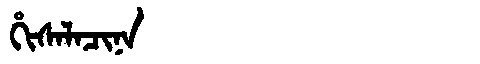
Manchu: ᡥᡳᠰᠠᠯᠠᠴᡳᠨᠠ
Romanization: HISALACINA